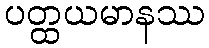
ပတ္ထယမာနဿ